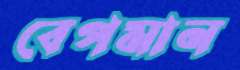
বেপমান